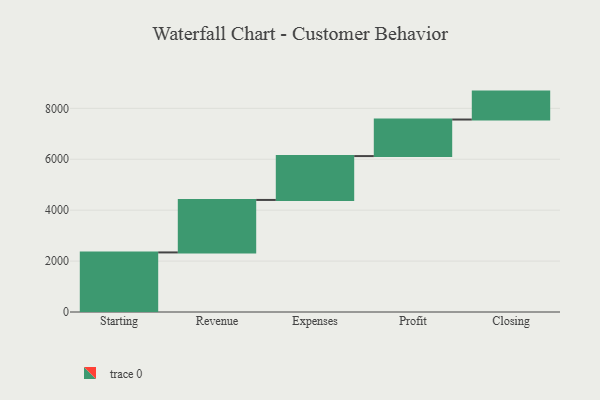
{"axis": {"x": "Step", "y": "Value"}, "legend": [""], "data": [{"x": "Starting", "y": 2340.0, "type": ""}, {"x": "Revenue", "y": 2062.0, "type": ""}, {"x": "Expenses", "y": 1723.0, "type": ""}, {"x": "Profit", "y": 1436.0, "type": ""}, {"x": "Closing", "y": 1097.0, "type": ""}]}